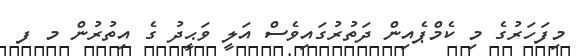
މިފަހަރުގެ މި ކެމްޕެއިން ދަތުރުގައިވެސް އަލީ ވަޙީދު ގެ އިތުރުން މ ފ